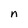
Character: n